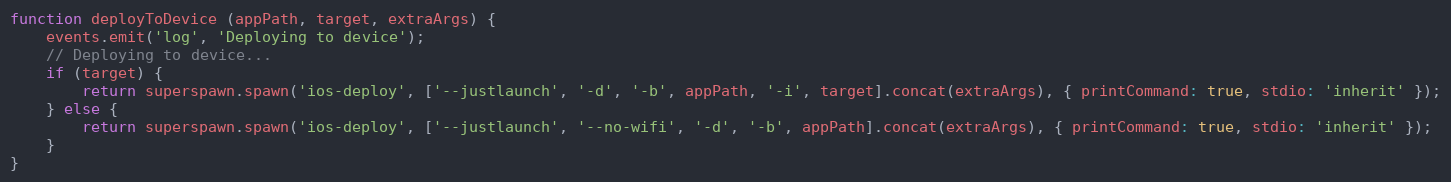
Language: JavaScript
function deployToDevice (appPath, target, extraArgs) {
    events.emit('log', 'Deploying to device');
    // Deploying to device...
    if (target) {
        return superspawn.spawn('ios-deploy', ['--justlaunch', '-d', '-b', appPath, '-i', target].concat(extraArgs), { printCommand: true, stdio: 'inherit' });
    } else {
        return superspawn.spawn('ios-deploy', ['--justlaunch', '--no-wifi', '-d', '-b', appPath].concat(extraArgs), { printCommand: true, stdio: 'inherit' });
    }
}